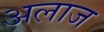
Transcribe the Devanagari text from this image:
अलाज